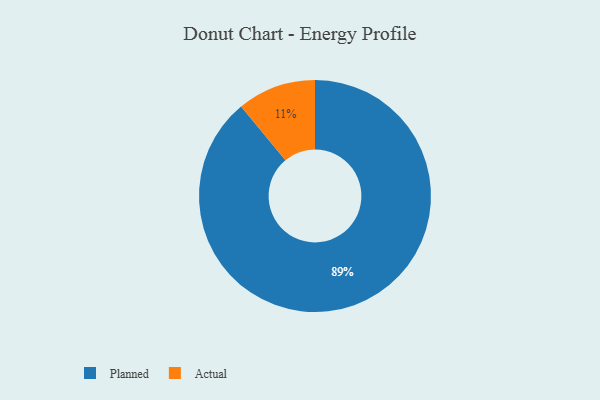
{"axis": {"x": "Category", "y": "Percentage"}, "legend": ["Actual", "Planned"], "data": [{"x": "Actual", "y": 11, "type": "Actual"}, {"x": "Planned", "y": 89, "type": "Planned"}]}